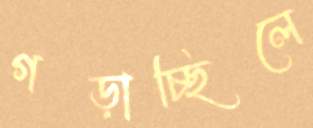
গড়াচ্ছিলে